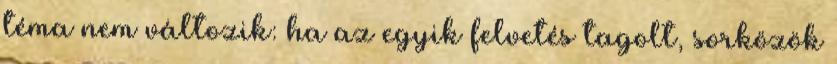
téma nem változik: ha az egyik felvetés tagolt, sorközök